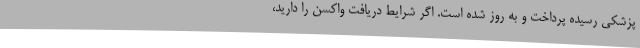
پزشکی رسیده پرداخت و به روز شده است. اگر شرایط دریافت واکسن را دارید،